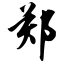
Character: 郑